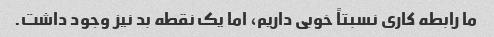
ما رابطه کاری نسبتاً خوبی داریم، اما یک نقطه بد نیز وجود داشت.